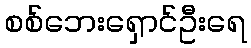
စစ်ဘေးရှောင်ဦးရေ